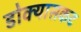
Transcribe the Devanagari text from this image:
डोक्यासकट